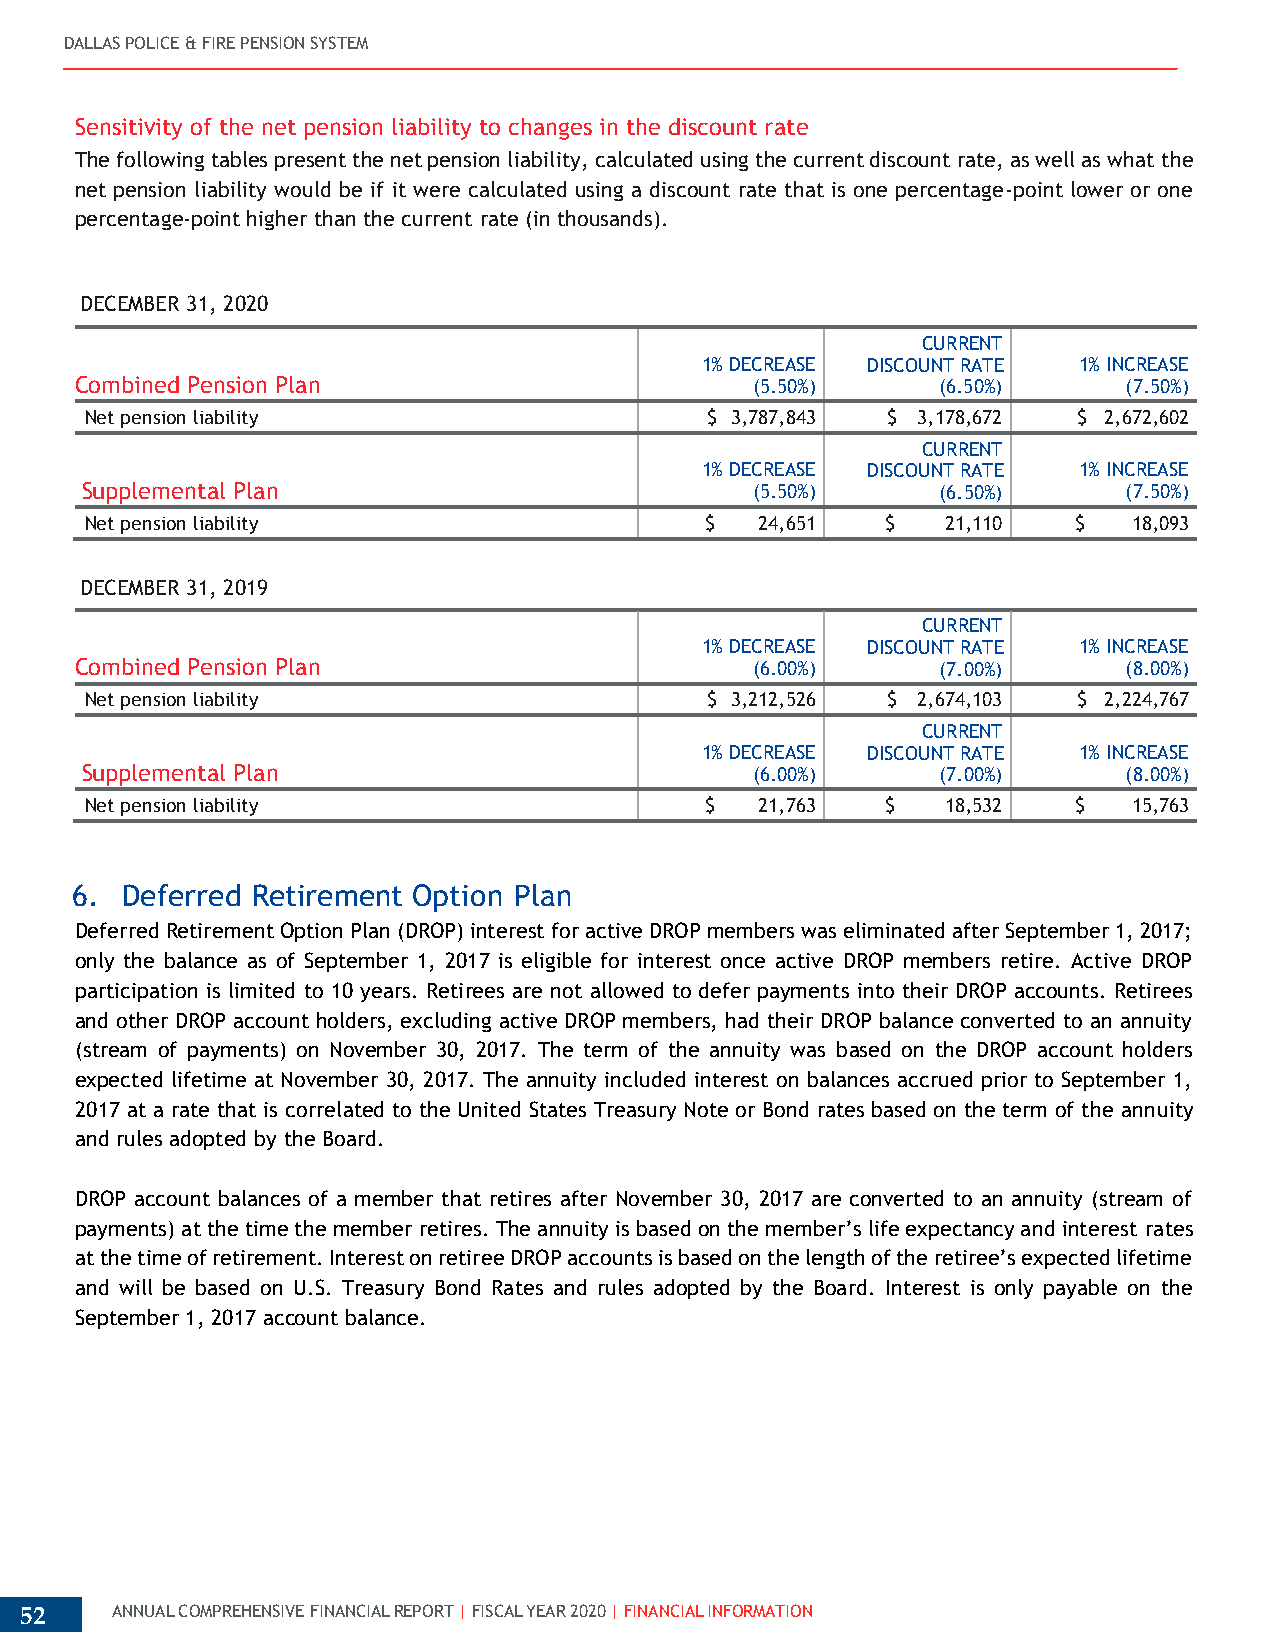
DALLAS POLICE & FIRE PENSION SYSTEM
 Sensitivity of the net pension liability to changes in the discount rate
 The following tables present the net pension liability, calculated using the current discount rate, as well as what the
 net pension liability would be if it were calculated using a discount rate that is one percentage-point lower or one
 percentage-point higher than the current rate (in thousands).
 DECEMBER 31, 2020
 CURRENT
 1% DECREASE DISCOUNT RATE 1% INCREASE
 Combined Pension Plan                        (5.50%)     (6.50%)      (7.50%)
 Net pension liability                    $ 3,787,843 $ 3,178,672 $ 2,672,602
 CURRENT
 1% DECREASE DISCOUNT RATE 1% INCREASE
 Supplemental Plan                            (5.50%)     (6.50%)      (7.50%)
 Net pension liability                    $  24,651   $   21,110  $   18,093
 DECEMBER 31, 2019
 CURRENT
 1% DECREASE DISCOUNT RATE 1% INCREASE
 Combined Pension Plan                        (6.00%)     (7.00%)      (8.00%)
 Net pension liability                    $ 3,212,526 $ 2,674,103 $ 2,224,767
 CURRENT
 1% DECREASE DISCOUNT RATE 1% INCREASE
 Supplemental Plan                            (6.00%)     (7.00%)      (8.00%)
 Net pension liability                    $  21,763   $   18,532  $   15,763
 6. Deferred Retirement Option Plan
 Deferred Retirement Option Plan (DROP) interest for active DROP members was eliminated after September 1, 2017;
 only the balance as of September 1, 2017 is eligible for interest once active DROP members retire. Active DROP
 participation is limited to 10 years. Retirees are not allowed to defer payments into their DROP accounts. Retirees
 and other DROP account holders, excluding active DROP members, had their DROP balance converted to an annuity
 (stream of payments) on November 30, 2017. The term of the annuity was based on the DROP account holders
 expected lifetime at November 30, 2017. The annuity included interest on balances accrued prior to September 1,
 2017 at a rate that is correlated to the United States Treasury Note or Bond rates based on the term of the annuity
 and rules adopted by the Board.
 DROP account balances of a member that retires after November 30, 2017 are converted to an annuity (stream of
 payments) at the time the member retires. The annuity is based on the member’s life expectancy and interest rates
 at the time of retirement. Interest on retiree DROP accounts is based on the length of the retiree’s expected lifetime
 and will be based on U.S. Treasury Bond Rates and rules adopted by the Board. Interest is only payable on the
 September 1, 2017 account balance.
 52    ANNUAL COMPREHENSIVE FINANCIAL REPORT | FISCAL YEAR 2020 | FINANCIAL INFORMATION